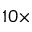
1 0 \times